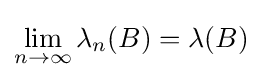
\lim _{n\to \infty }\lambda _{n}(B)=\lambda (B)